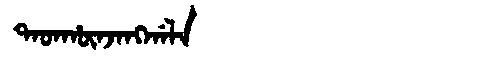
Manchu: ᡨᠠᡨᡥᡡᠨᠵᠠᠩᡤᠠᠯᠠ
Romanization: TATHŪNJANGGALA